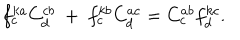
f _ { c } ^ { k a } C _ { d } ^ { c b } ~ + ~ f _ { c } ^ { k b } C _ { d } ^ { a c } = C _ { c } ^ { a b } f _ { d } ^ { k c } .